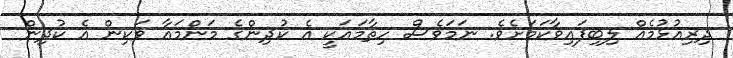
ދިރިއުޅުމެއް ލިބިފައިވާކަމަށެވެ. ނަމަވެސް ހިތާމައަކީ އެ ކުދިންގެ މަންމައާ ވަކިން އެ ކުދިން